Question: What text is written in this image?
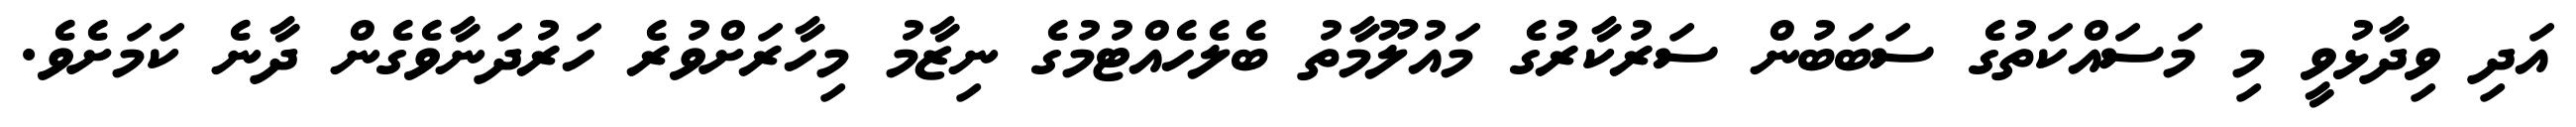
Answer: އަދި ވިދާޅުވީ މި މަސައްކަތުގެ ސަބަބުން ސަރުކާރުގެ މައުލޫމާތު ބެލެހެއްޓުމުގެ ނިޒާމު މިހާރަށްވުރެ ހަރުދަނާވެގެން ދާނެ ކަމަށެވެ.